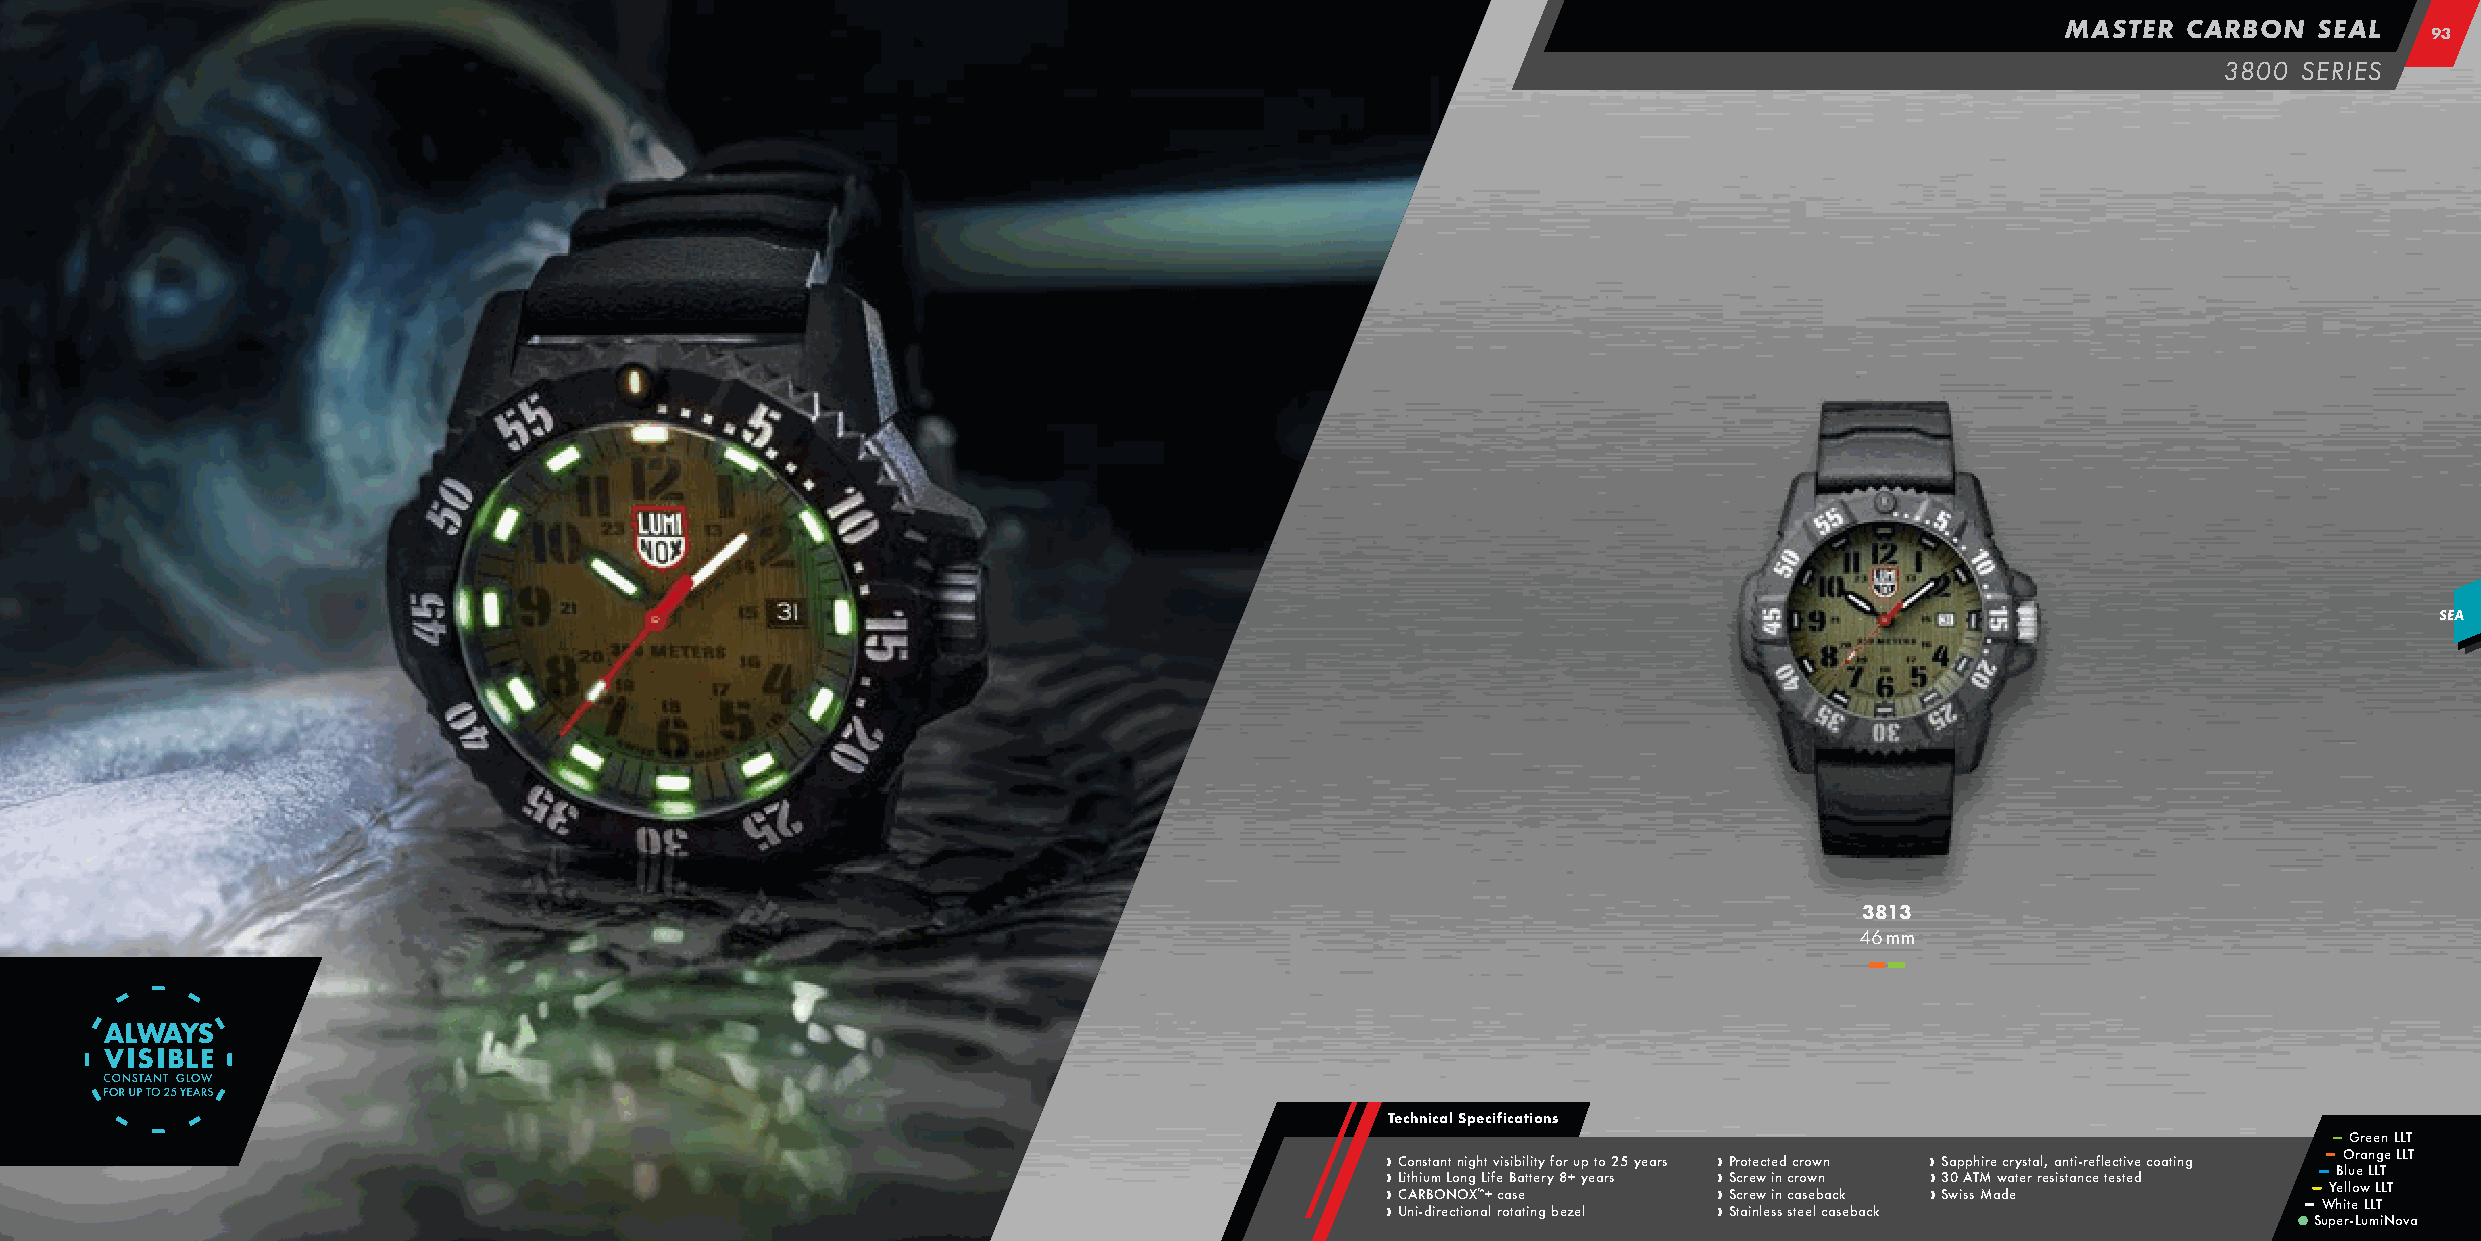
MASTER  CARBON  SEAL
 9933
 3800 SERIES
 SEA
 3813
 46 mm
 –– ––
 Technical Specifications
 –– Green LLT
 ›› › › UC L Cio A nth in R -is u dBt ma iO r n eNLt c o tOn in oi gg X n h ™ aL +t i l f v e rci o as B ti sb aa ei ttl iti nt ey gr yf b o 8 er z+ u e yp l e t ao r s25 years › › › › P S S Sr c tc ao r re e it ne w w lc e t i i se n n sd c c sc tar er o so ew ew lb n cn a ac sk eback › › › S 3 Swa 0p isAp sTh M Mire aw dc a ery tes rt a rl e, sa isn tati n-r ce ef l te ec st ti ev de coating –– ––
 S
 –– uW –– Y
 p
 hB e eO ill rtlu -eor Le wa
 u
 LLn
 m
 LL Lg TT iL Ne T oLL vT
 a